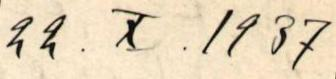
22. X . 1937